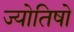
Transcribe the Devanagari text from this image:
ज्योतिषो